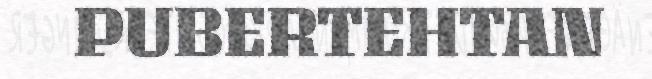
PUBERTEHTAN